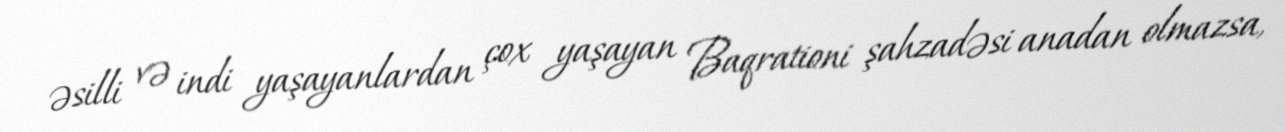
əsilli və indi yaşayanlardan çox yaşayan Baqrationi şahzadəsi anadan olmazsa,